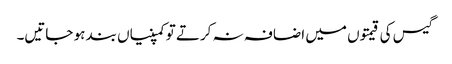
گیس کی قیمتوں میں اضافہ نہ کرتے تو کمپنیاں بند ہو جاتیں۔